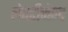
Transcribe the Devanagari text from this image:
लेफ्टीनेण्ट